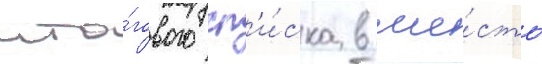
ито́гового сп'и́ска в ше́сть